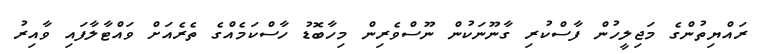
ރައްޔިތުންގެ މަޖިލީހުން ފާސްކުރި ގާނޫނަކުން ނޫސްވެރިން މިހާބޮޑު ހާސްކަމެއްގެ ތެރެއަށް ވައްޓާލާފައި ވާއިރު